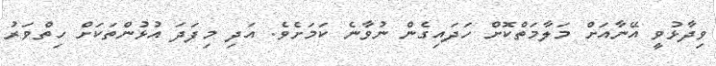
ވިދާޅުވީ އޭނާއަށް މަލާމަތްކޮށް ހަދައިގެން ނުވާނެ ކަމަށެވެ. އަދި މިފަދަ އުޅުންތަކަށް ހިތްވަރު